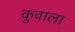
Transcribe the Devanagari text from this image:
कुवाला